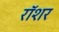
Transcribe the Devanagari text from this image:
रॉशर